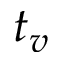
t _ { v }